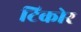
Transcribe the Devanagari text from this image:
टिकोर